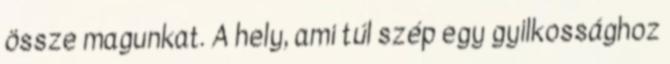
össze magunkat. A hely, ami túl szép egy gyilkossághoz